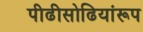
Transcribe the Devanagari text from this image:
पीढीसोढियांरूप